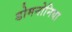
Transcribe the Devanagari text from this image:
डोमनोनिया